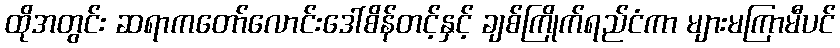
ထိုအတွင်း ဆရာကတော်လောင်းဒေါ်စိန်တင့်နှင့် ချစ်ကြိုက်ရည်ငံကာ များမကြာမီပင်